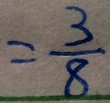
= \frac { 3 } { 8 }